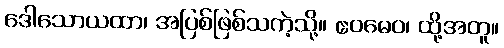
ဒေါသောယထာ၊ အပြစ်ဖြစ်သကဲ့သို့။ ဧဝမေဝ၊ ထို့အတူ။